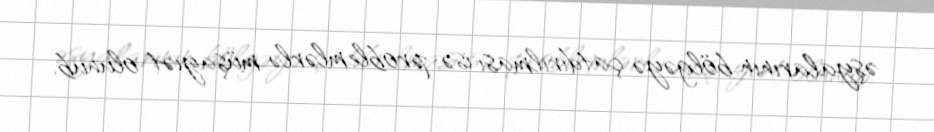
əşyalarının bölgəyə çatdırılması isə problemlərlə müşayiət olunub.